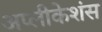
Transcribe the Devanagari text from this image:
अप्लीकेशंस